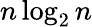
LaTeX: n\log_{2}n